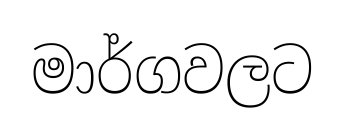
මාර්ගවලට